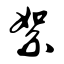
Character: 絮